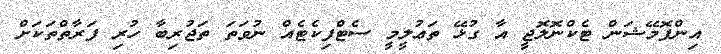
އިންފޮމޭޝަން ޓެކްނޮލޮޖީ އާ ގުޅޭ ތަޢުލީމީ ސެޓްފިކެޓެއް ނުވަތަ ތަޖުރިބާ ހުރި ފަރާތްތަކަށް